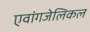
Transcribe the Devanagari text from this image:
एवांगजेलिकल